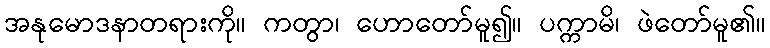
အနုမောဒနာတရားကို။ ကတွာ၊ ဟောတော်မူ၍။ ပက္ကာမိ၊ ဖဲတော်မူ၏။